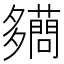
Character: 𧃪